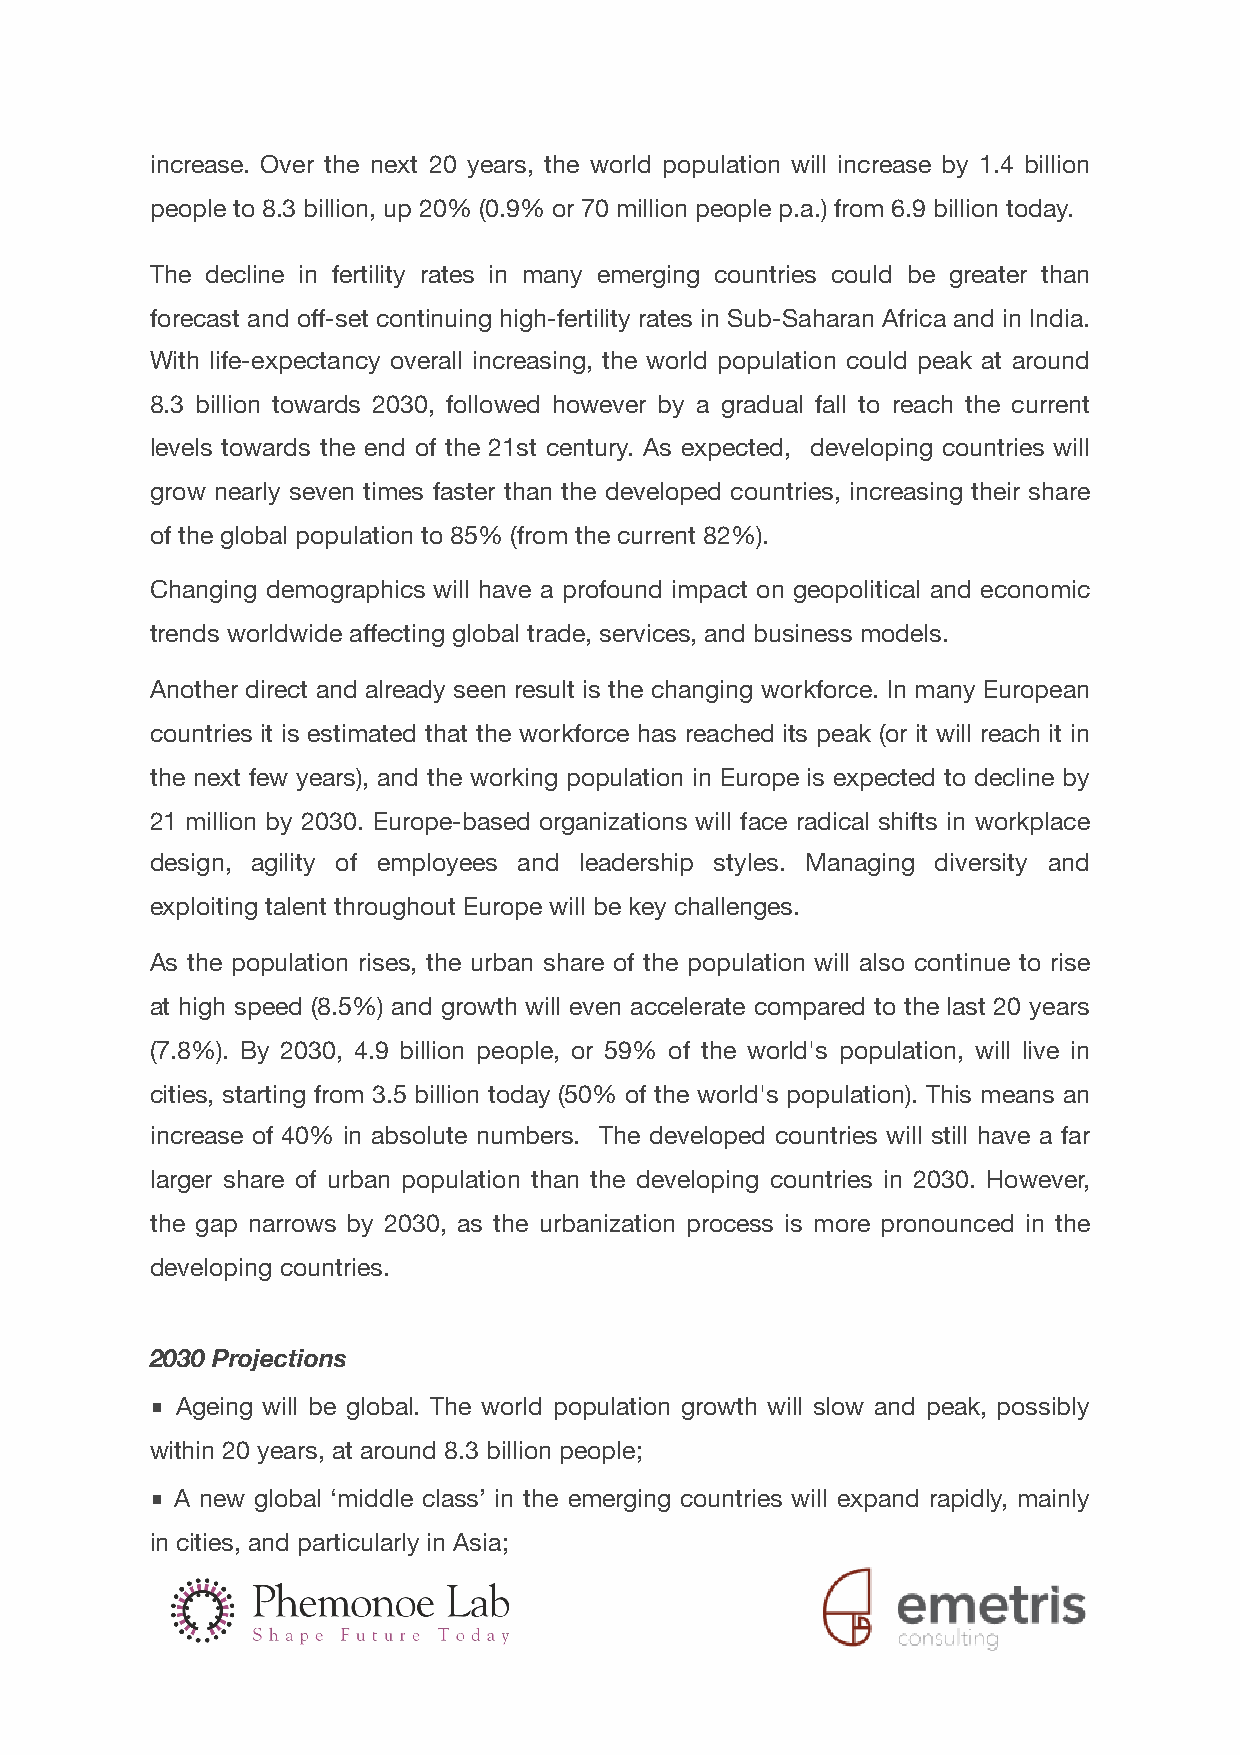
increase. Over the next 20 years, the world population will increase by 1.4 billion
 people to 8.3 billion, up 20% (0.9% or 70 million people p.a.) from 6.9 billion today.
 The decline in fertility rates in many emerging countries could be greater than
 forecast and off-set continuing high-fertility rates in Sub-Saharan Africa and in India.
 With life-expectancy overall increasing, the world population could peak at around
 8.3 billion towards 2030, followed however by a gradual fall to reach the current
 levels towards the end of the 21st century. As expected, developing countries will
 grow nearly seven times faster than the developed countries, increasing their share
 of the global population to 85% (from the current 82%).
 Changing demographics will have a profound impact on geopolitical and economic
 trends worldwide affecting global trade, services, and business models.
 Another direct and already seen result is the changing workforce. In many European
 countries it is estimated that the workforce has reached its peak (or it will reach it in
 the next few years), and the working population in Europe is expected to decline by
 21 million by 2030. Europe-based organizations will face radical shifts in workplace
 design, agility of employees and leadership styles. Managing diversity and
 exploiting talent throughout Europe will be key challenges.
 As the population rises, the urban share of the population will also continue to rise
 at high speed (8.5%) and growth will even accelerate compared to the last 20 years
 (7.8%). By 2030, 4.9 billion people, or 59% of the world's population, will live in
 cities, starting from 3.5 billion today (50% of the world's population). This means an
 increase of 40% in absolute numbers. The developed countries will still have a far
 larger share of urban population than the developing countries in 2030. However,
 the gap narrows by 2030, as the urbanization process is more pronounced in the
 developing countries.
 2030 Projections
 ■ Ageing will be global. The world population growth will slow and peak, possibly
 within 20 years, at around 8.3 billion people;
 ■ A new global ‘middle class’ in the emerging countries will expand rapidly, mainly
 in cities, and particularly in Asia;